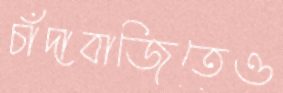
চাঁদাবাজিতেও